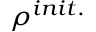
\rho ^ { i n i t . }